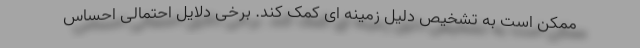
ممکن است به تشخیص دلیل زمینه ای کمک کند. برخی دلایل احتمالی احساس